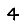
Digit: 4